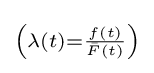
\scriptstyle \left(\lambda (t)={\frac {f(t)}{{\bar {F}}(t)}}\right)